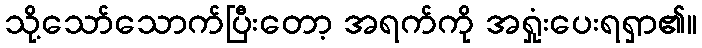
သို့သော်သောက်ပြီးတော့ အရက်ကို အရှုံးပေးရရှာ၏။